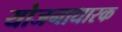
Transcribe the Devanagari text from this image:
योजनाधारक